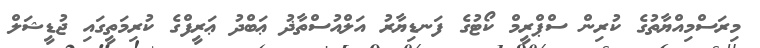
މިރަސްމިއްޔާތުގެ ކުރިން ސްޕްރީމް ކޯޓުގެ ފަނޑިޔާރު އަލްއުސްތާޛު ޢަބްދު ޢަރީފްގެ ކުރިމަތީގައި ޖުޑީޝަލް